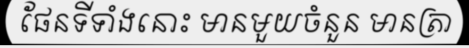
ផែនទីទាំងនោះ មានមួយចំនួន មានត្រា